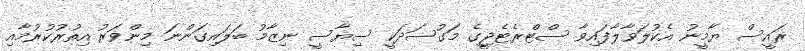
ރައީސް ޔާމީނު އެކުލަވާލާފައިވާ ސްޓްރެޓެޖީގެ މަގުސަދަކީ ސިޔާސީ ނިޒާމު ބަލައިގަންނަ މިންވަރު އިތުރުކުރުމާއި